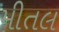
મીતલ